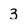
Character: 3